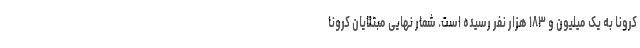
کرونا به یک میلیون و ۱۸۳ هزار نفر رسیده است. شمار نهایی مبتلایان کرونا